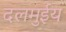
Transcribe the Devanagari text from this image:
दलमुईय